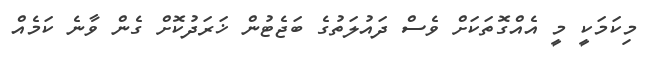
މިކަމަކީ މީ އެއްގޮތަކަށް ވެސް ދައުލަތުގެ ބަޖެޓުން ޚަރަދުކޮށް ގެން ވާނެ ކަމެއް